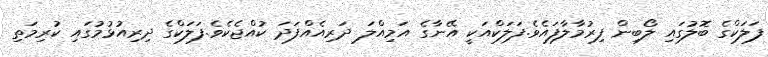
ފަލަކްގެ ބޮލުގައި ލޯބިން ފިރުމާލާފައެވެ.ފަލަކްއަކީ އޭނާގެ އަމިއްލަ ދަރިއެއްފަދަ ކުއްޖެކެވެ.ފަލަކްގެ ދިރިއުޅުމުގައި ކުރިމަތި